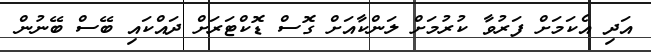
އަދި އެކަމަށް ފަރުވާ ކުރުމަށް ލަންކާއަށް ގޮސް ޑޮކްޓަރަށް ދައްކައި ބޭސް ބޭނުން